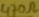
Text: 470Ω